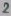
Text: 2